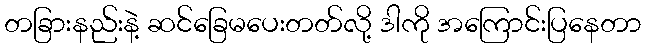
တခြားနည်းနဲ့ ဆင်ခြေမပေးတတ်လို့ ဒါကို အကြောင်းပြနေတာ